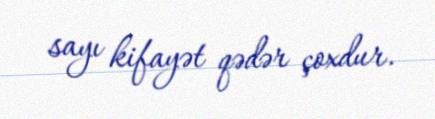
sayı kifayət qədər çoxdur.